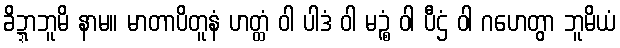
ခိဍ္ဍာဘူမိ နာမ။ မာတာပိတူနံ ဟတ္ထံ ဝါ ပါဒံ ဝါ မဉ္စံ ဝါ ပီဌံ ဝါ ဂဟေတွာ ဘူမိယံ